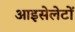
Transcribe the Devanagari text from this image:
आइसेलेटों